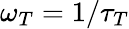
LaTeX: \omega_{T}=1/\tau_{T}